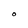
Character: O